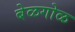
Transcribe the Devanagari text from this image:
बेळगोळ